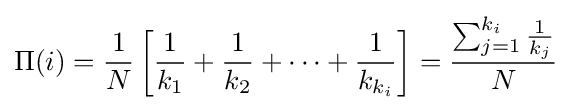
\Pi (i)={\frac {1}{N}}\left[{\frac {1}{k_{1}}}+{\frac {1}{k_{2}}}+\cdots +{\frac {1}{k_{k_{i}}}}\right]={\frac {\sum _{j=1}^{k_{i}}{\frac {1}{k_{j}}}}{N}}